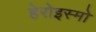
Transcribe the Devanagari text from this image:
हेरोइस्मो